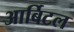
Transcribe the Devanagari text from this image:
आर्बिटल